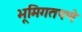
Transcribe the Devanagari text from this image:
भूमिगतपणे